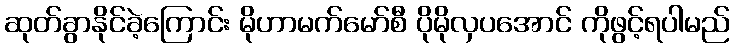
ဆုတ်ခွာနိုင်ခဲ့ကြောင်း မိုဟာမက်မော်စီ ပိုမိုလှပအောင် ကိုဖွင့်ရပါမည်